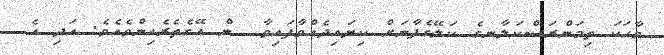
ވާހަކަ ތިމަންރަސްކަލާނގެ ކަލޭގެފާނަށް ކިޔައިދެއްވާފައިވާ  ން އޭގެތެރެއިންވެއެވެ. އަދި އެ